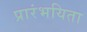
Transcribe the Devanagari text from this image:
प्रारंभयिता